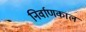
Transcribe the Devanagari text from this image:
निर्वाणकाल